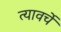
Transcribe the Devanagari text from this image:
त्यावर्चे